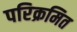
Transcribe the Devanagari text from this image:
परिक्रमित